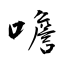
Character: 噡